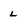
Character: l